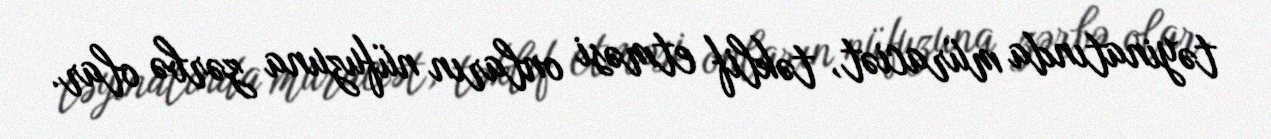
təyinatında müraciət, təklif etməsi onların nüfuzuna zərbə olar.